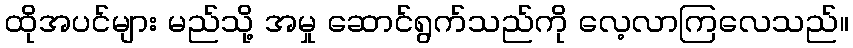
ထိုအပင်များ မည်သို့ အမှု ဆောင်ရွက်သည်ကို လေ့လာကြလေသည်။